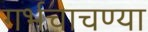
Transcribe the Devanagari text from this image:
गर्भचाचण्या